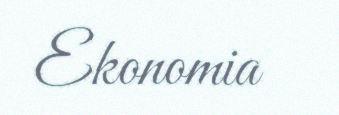
Ekonomia